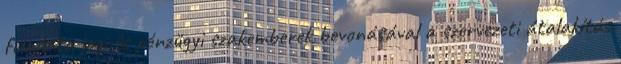
feladata jogi és pénzügyi szakemberek bevonásával a szervezeti átalakítás